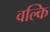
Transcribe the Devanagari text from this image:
वल्‍कि